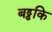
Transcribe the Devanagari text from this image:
बड्ढकि